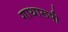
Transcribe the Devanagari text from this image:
गाथारूपी